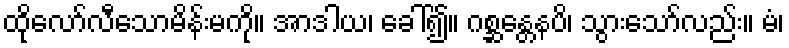
ထိုလော်လီသောမိန်းမကို။ အာဒါယ၊ ခေါ်၍။ ဂစ္ဆန္တေနပိ၊ သွားသော်လည်း။ မံ၊